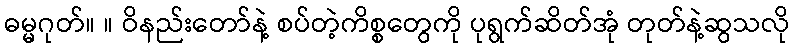
ဓမ္မဂုတ်။ ။ ဝိနည်းတော်နဲ့ စပ်တဲ့ကိစ္စတွေကို ပုရွက်ဆိတ်အုံ တုတ်နဲ့ဆွသလို